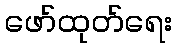
ဖော်ထုတ်ရေး